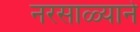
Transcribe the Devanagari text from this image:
नरसाळ्याने